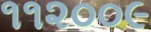
૧૧૨૦૦૯